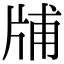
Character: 𤗃